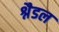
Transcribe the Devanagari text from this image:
श्नैडल